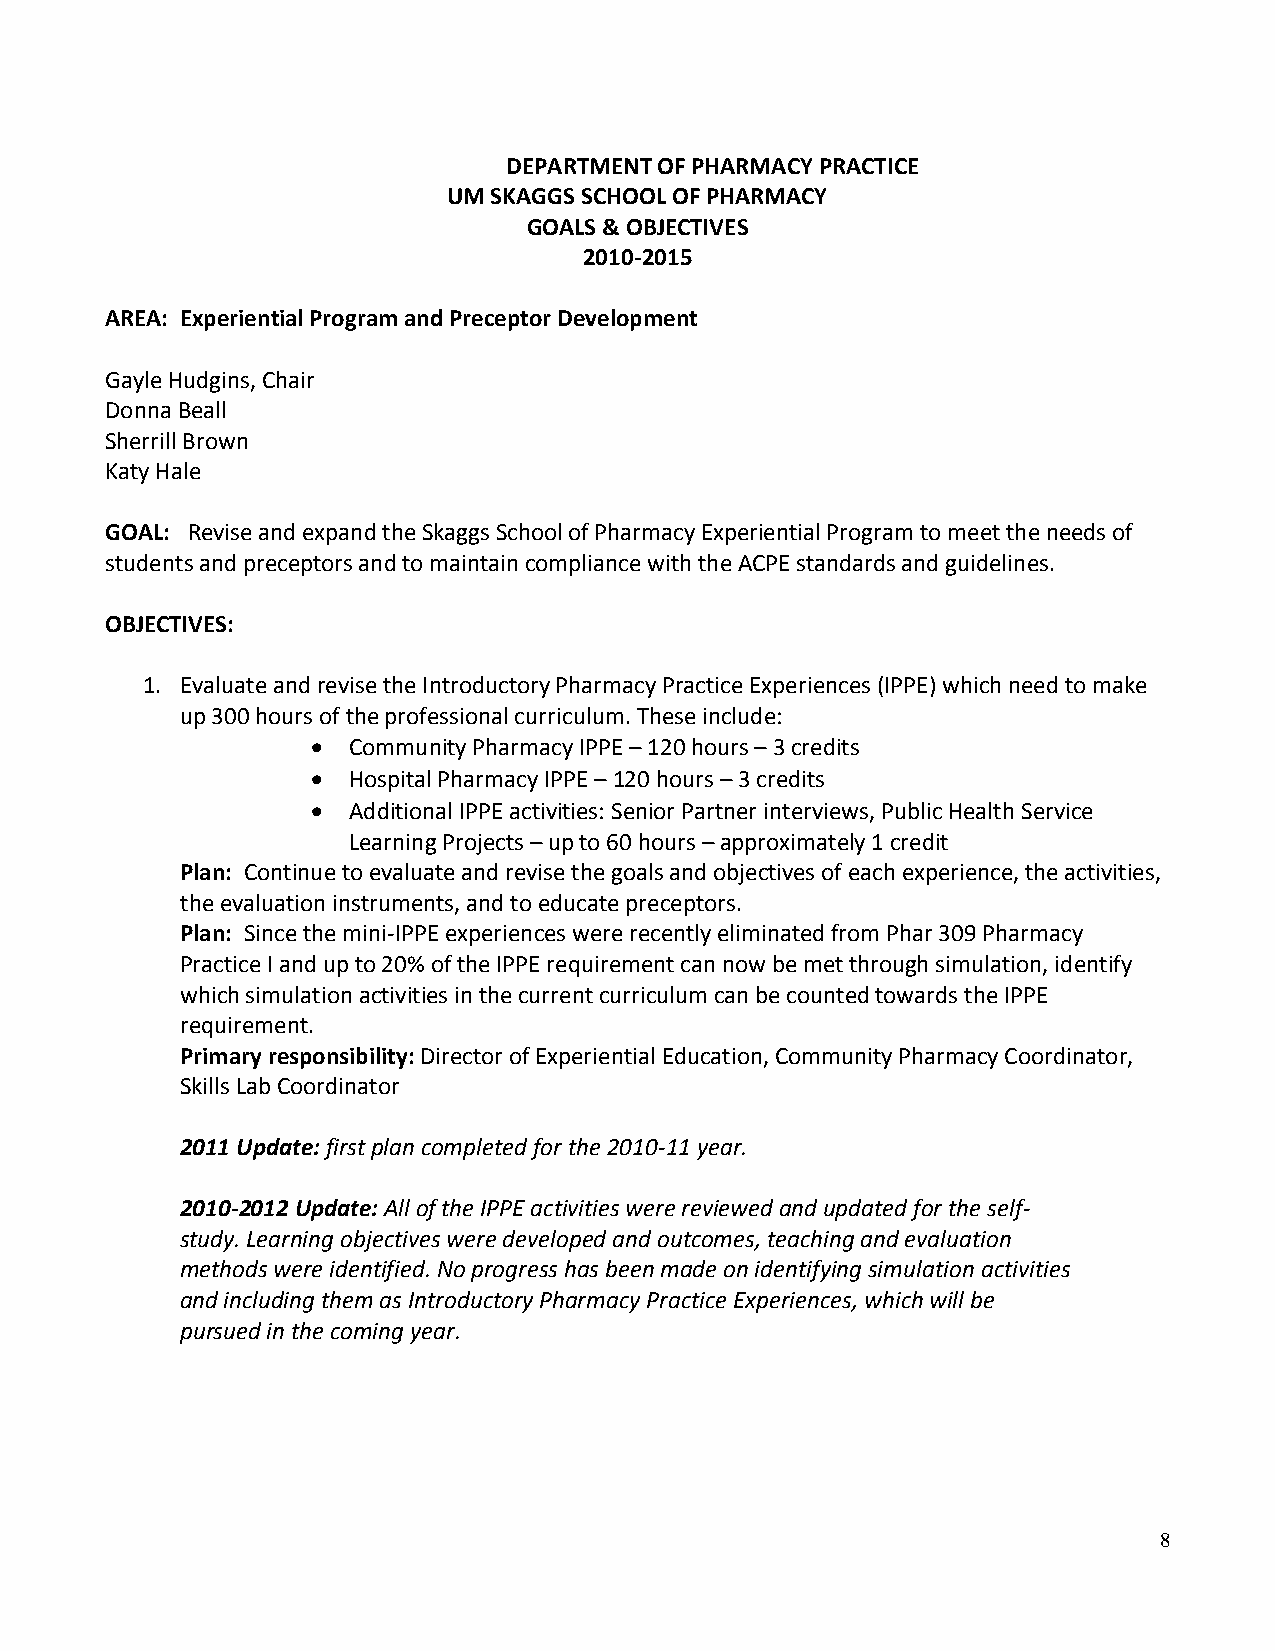
DEPARTMENT OF PHARMACY PRACTICE
 UM SKAGGS SCHOOL OF PHARMACY
 GOALS & OBJECTIVES
 2010-2015
 AREA: Experiential Program and Preceptor Development
 Gayle Hudgins, Chair
 Donna Beall
 Sherrill Brown
 Katy Hale
 GOAL: Revise and expand the Skaggs School of Pharmacy Experiential Program to meet the needs of
 students and preceptors and to maintain compliance with the ACPE standards and guidelines.
 OBJECTIVES:
 1. Evaluate and revise the Introductory Pharmacy Practice Experiences (IPPE) which need to make
 up 300 hours of the professional curriculum. These include:
  Community Pharmacy IPPE – 120 hours – 3 credits
  Hospital Pharmacy IPPE – 120 hours – 3 credits
  Additional IPPE activities: Senior Partner interviews, Public Health Service
 Learning Projects – up to 60 hours – approximately 1 credit
 Plan: Continue to evaluate and revise the goals and objectives of each experience, the activities,
 the evaluation instruments, and to educate preceptors.
 Plan: Since the mini-IPPE experiences were recently eliminated from Phar 309 Pharmacy
 Practice I and up to 20% of the IPPE requirement can now be met through simulation, identify
 which simulation activities in the current curriculum can be counted towards the IPPE
 requirement.
 Primary responsibility: Director of Experiential Education, Community Pharmacy Coordinator,
 Skills Lab Coordinator
 2011 Update: first plan completed for the 2010-11 year.
 2010-2012 Update: All of the IPPE activities were reviewed and updated for the self-
 study. Learning objectives were developed and outcomes, teaching and evaluation
 methods were identified. No progress has been made on identifying simulation activities
 and including them as Introductory Pharmacy Practice Experiences, which will be
 pursued in the coming year.
 8